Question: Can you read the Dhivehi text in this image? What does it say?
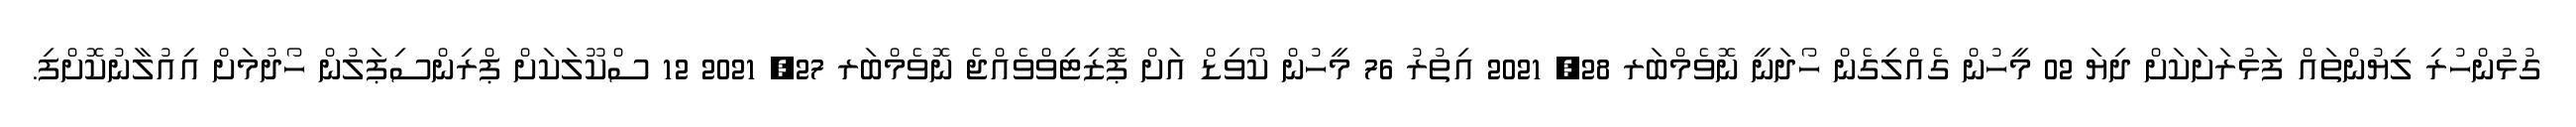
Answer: ގުޅުންހުރި ލިޔުންތައް ފަޅުރަށަކަށް ދިޔަ 02 މީހުން ގެއްލިގެން ހޯދަނީ ނޮވެމްބަރ 28, 2021 އިތުރު 76 މީހުން ކޯވިޑް އަށް ޕޮޒިޓިވްވެއްޖެ ނޮވެމްބަރ 27, 2021 12 ސްކޫލަކަށް ޕްރިންސިޕަލުން ހޯދުމަށް އިއުލާނުކޮށްފި.